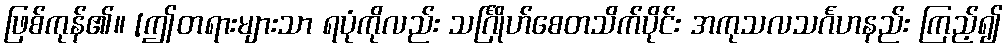
ဖြစ်ကုန်၏။ [ဤတရားများသာ ရပုံကိုလည်း သင်္ဂြိုဟ်စေတသိက်ပိုင်း အကုသလသင်္ဂဟနည်း ကြည့်၍